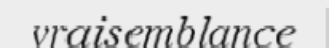
vraisemblance